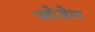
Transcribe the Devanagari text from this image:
जोडेल